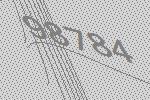
98784